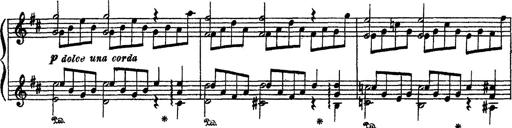
Title: Sarabande und Chaconne aus dem Singspiel
Composer: Franz Liszt